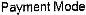
PAYMENT MODE